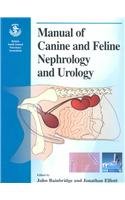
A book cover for Manual of Canine and Feline Nephrology and Urology; Medical Books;